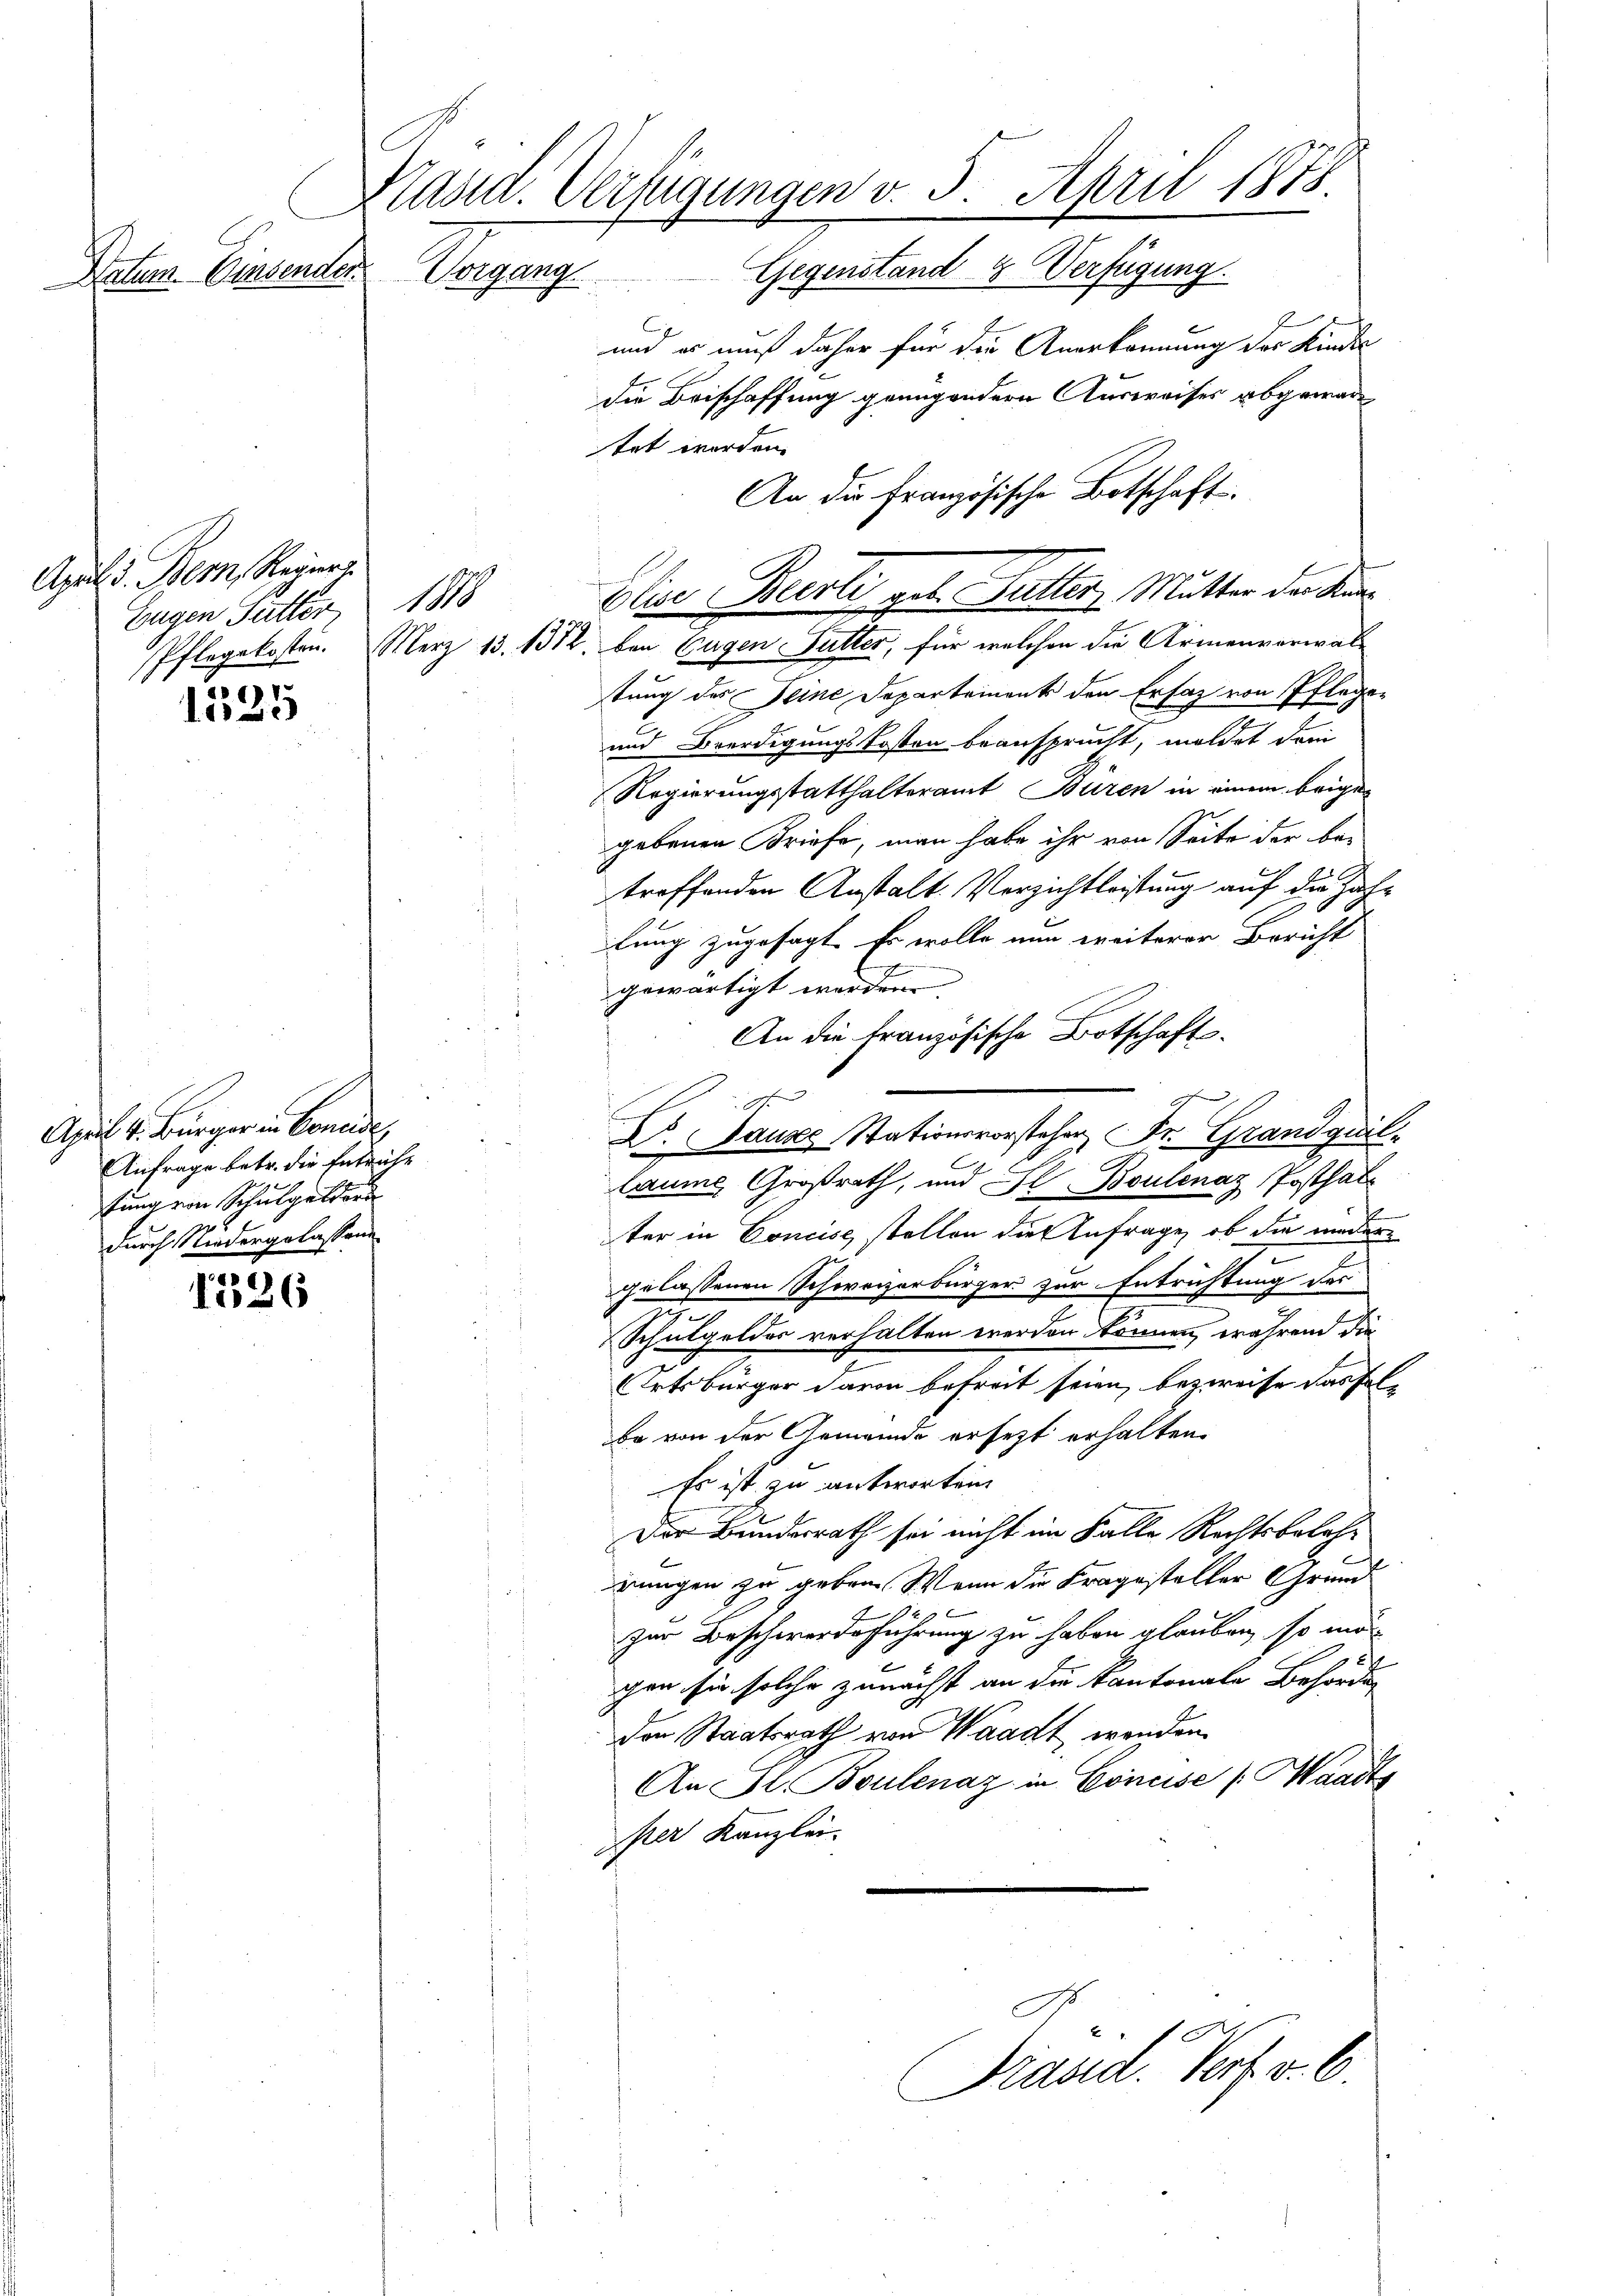
Datum. Einsenden

4
1025

April v. Bürger in Bonade
Anfrage betr. die Entriche
ftung von Schulgelder
durch Niedergelassene

af
36

Stand. Verfügungen v. 5. April 1875.
Gegenstand Verfügung.
Vergang

Apul d. Bern, Repart
Eugen Futter 1888

und es muß daher für die Anerkennung des Kinder
die Beischaffung genügendern Ausweises abgewartet worden.
An die Französische Botschaft.
Pflegekosten. Merz 13. 1312, bei Eugen Futter, für welchen die Armenverwal-
tung des Seine Departement den Ersatz von Pflege¬
und Beerdigungskosten beansprucht, meldet dem
Regierungsstatthalteramt Büren in einem beigen
gebenen Briefe, man habe ihr von Seite der be-
treffenden Anstalt. Verzichtleistung auf die Zahlung zugesagt. Es wolle nun weiterer Bericht
gewärtigt werden.
An die französische Botschafts¬
A. Pause Stationsvorsteher, Dr. Grandquil
laume, Großrath, und Al-Boulenaz Posthalter in Concise, stellen die Anfrage, ob die niedergelassenen Schweizerbürger zur Entrichtung der
t
Schulgeldes verhalten werden können, während die
Ortsbürger davon befreit seien, bezweife das solbe von der Gemeinde ersezt erhalten.
Es ist zu antworten
Der Bundesrath sei nicht im Falle Rechtsbelohrungen zu geben. Wenn die Fragesteller Grundzur Beschwerdeführung zu haben glauben, so mö
2
gen sie solche zunächst an die Kantonale Behörder
den Staatsrath von Waadt, wenden.
An Fl. Boulenaz in Concise (Haadts
per Kanzlei.
so

Elie Beerti geb. Sutter, Mutter der Kin¬

Präsid. Verf. v. 6.